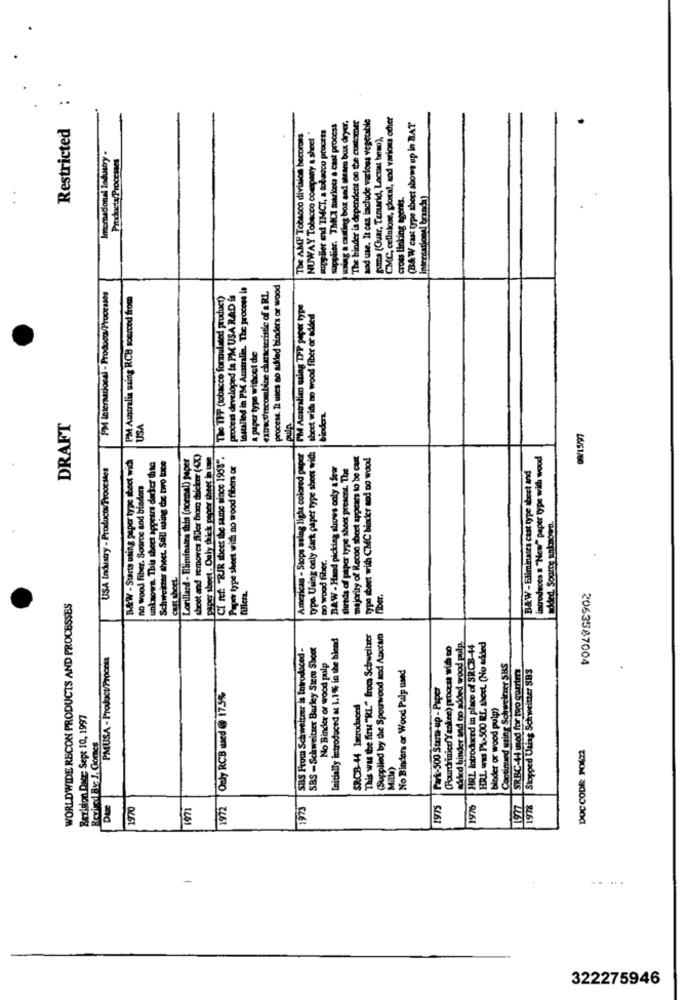
:
binder is dependent on the customer
sod use. It can include varlows vegetable
CMC, cellulose, glocal, and various other
Restricted
supy bier and TMCI, a tobacco procets
supplier. TMCI markets a cast process
using . czing box and stram box dryar
(B& W cast type theet abom up in BAT
The AMP Tobacco division becomes
NUWAY Tobacco company a sheet
Insomational Industry .
guma (Guar, Temarid, Lactat be
Product Processes
cross linking agents.
Internation
installed in PM Australin. The process is
#XtrecVrecombine characteristic of a RL
process. It uses no added binders or wood
matlocal - Produco/Processos
PM Australia using RCB sourcod from
The THP (tobacco formulated pruduct)
process developed la PM USA RAD is
PM Australien using THP peper type
type. Using only dark paper type sheet with | sheet with no wood fiber or added
A paper type without the
bioders.
pulp
DRAFT
USA
ON15797
American - Stops sslag lighe colored popet
B&W - Starts using paper type thect wich
unknown. This sheet appears dacker thia
Lorillard - Eliminates this (normal) paper
chost and removes filler from thicker (CC)
paper short . Only thick paper theet io une
Ci ref: "RIR sheet the same since 1958".
majority of Recon sheet appears to be cast
typo mbeet with CMC binder aod Do wood
introduces a "New" paper type with wood
USA Industry - Products/Prooctaes
Schweizer sheet. Sall wusing the two toce
Pagar type sheet with no wood fibers o
BAW - Hand picking shows only a few
shreds of paper type shoot present. The
B&W - Eliminaes cast type tbest and
no wood Fiber. Source and bladers
added, Source unkaoerd.
Do wood fiber.
cant sheet.
fiber.
WORLDWIDE RECON PRODUCTS AND PROCESSES
Initially introduced at 1.1% in the blend
This was the first "KL." from Schwellstr
(Supplied by the Spouwood and Ancram
SBS From Schweitzer is Introduced :
SBS - Schweitzer Burley Stem Shoot
(Pourdrinice Yankee) proces sid to
added binder and no added wood pulp.
HRL introduced in place of SRGB-44
HRL was PL-500 RL short. (No added
PMUSA - Product/Process
No Binder or wood pulp
No Binders or Wood Palp used
Continued using Schweizer SBS
SRBC-44 wod for two quarters
Stopped Uting Schweitzer SBS
2063587004
Park-500 Starts-up - Paper
Only RCB wed @ 17.5%
SRCB-44 laroduced
binder or wood pulg)
Revision Dace: Sept 10, 1997
DOC CODE PO622
Mitla)
970
1971
1972
1973
1975
1970
1978
-
322275946